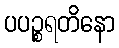
ပပဉ္စရတိနော